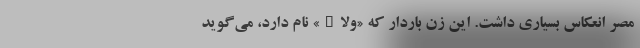
مصر انعکاس بسیاری داشت. این زن باردار که «ولاء» نام دارد، می‌گوید